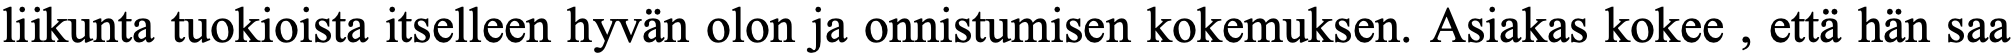
liikunta tuokioista itselleen hyvän olon ja onnistumisen kokemuksen. Asiakas kokee , että hän saa